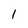
Character: 1